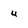
Character: u